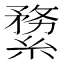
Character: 𦃤